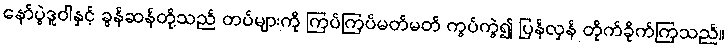
နော်ပွဲဒူဝါနှင့် ခွန်ဆန်တို့သည် တပ်များကို ကြပ်ကြပ်မတ်မတ် ကွပ်ကွဲ၍ ပြန်လှန် တိုက်ခိုက်ကြသည်။